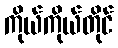
ကိုယ်ကိုယ်တိုင်